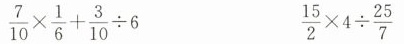
$$\frac { 7 } { 1 0 } \times \frac { 1 } { 6 } +